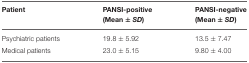
<table><thead><tr><td><b>Patient</b></td><td><b>PANSI-positive(Mean ±<i>SD</i>)</b></td><td><b>PANSI-negative(Mean ±<i>SD</i>)</b></td></tr></thead><tbody><tr><td>Psychiatric patients</td><td>19.8 ± 5.92</td><td>13.5 ± 7.47</td></tr><tr><td>Medical patients</td><td>23.0 ± 5.15</td><td>9.80 ± 4.00</td></tr></tbody></table>